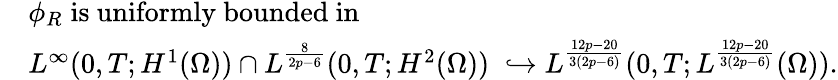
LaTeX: \begin{array}{rl}&{\phi_{R}\; \mathrm{is~uniformly~bounded~in}\; }\\ &{L^{\infty}(0,T;H^{1}(\Omega))\cap L^{\frac{8}{2p-6}}(0,T;H^{2}(\Omega))\; \hookrightarrow L^{\frac{12p-20}{3(2p-6)}}(0,T;L^{\frac{12p-20}{3(2p-6)}}(\Omega)).}\end{array}